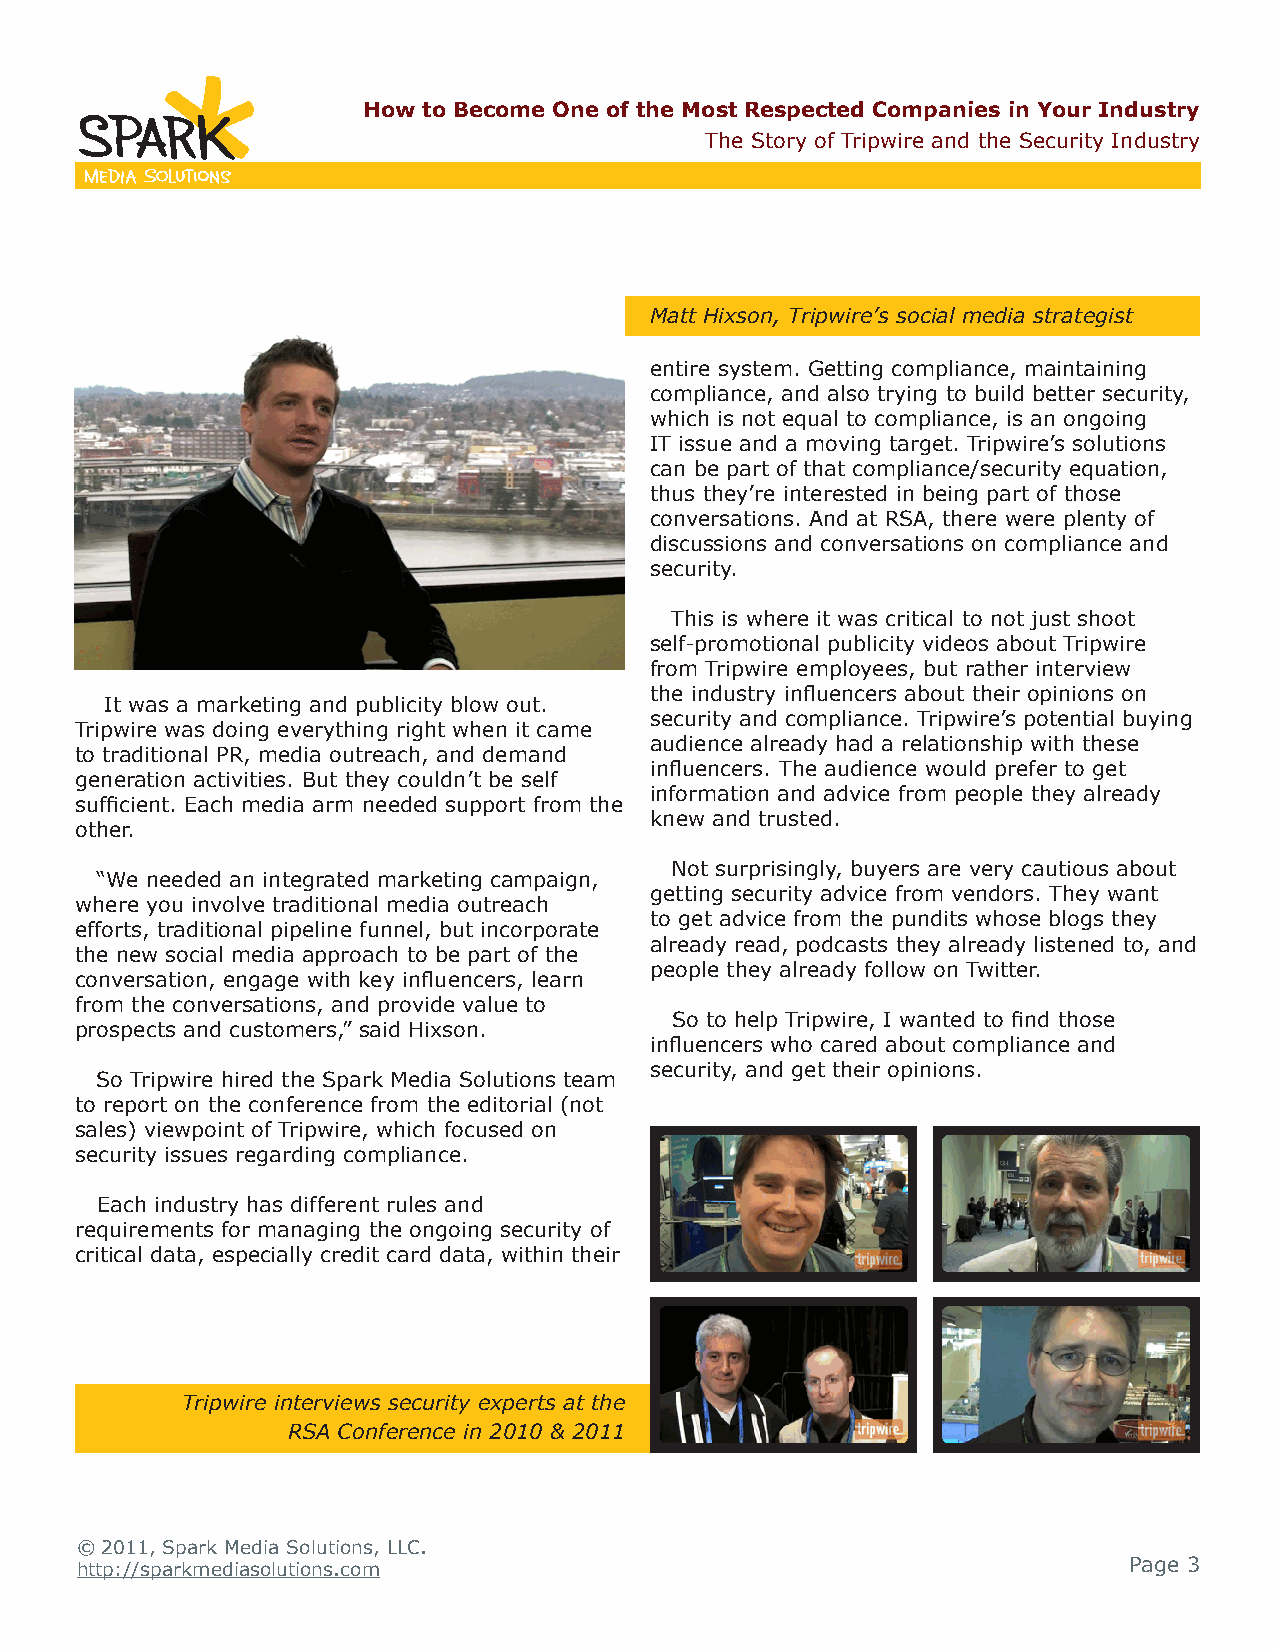
How to Become One of the Most Respected Companies in Your Industry
 The Story of Tripwire and the Security Industry
 Matt Hixson, Tripwire’s social media strategist
 entire system. Getting compliance, maintaining
 compliance, and also trying to build better security,
 which is not equal to compliance, is an ongoing
 IT issue and a moving target. Tripwire’s solutions
 can be part of that compliance/security equation,
 thus they’re interested in being part of those
 conversations. And at RSA, there were plenty of
 discussions and conversations on compliance and
 security.
 This is where it was critical to not just shoot
 self-promotional publicity videos about Tripwire
 from Tripwire employees, but rather interview
 the industry influencers about their opinions on
 It was a marketing and publicity blow out.
 security and compliance. Tripwire’s potential buying
 Tripwire was doing everything right when it came
 audience already had a relationship with these
 to traditional PR, media outreach, and demand
 influencers. The audience would prefer to get
 generation activities. But they couldn’t be self
 information and advice from people they already
 sufficient. Each media arm needed support from the
 knew and trusted.
 other.
 Not surprisingly, buyers are very cautious about
 “We needed an integrated marketing campaign,
 getting security advice from vendors. They want
 where you involve traditional media outreach
 to get advice from the pundits whose blogs they
 efforts, traditional pipeline funnel, but incorporate
 already read, podcasts they already listened to, and
 the new social media approach to be part of the
 people they already follow on Twitter.
 conversation, engage with key influencers, learn
 from the conversations, and provide value to
 So to help Tripwire, I wanted to find those
 prospects and customers,” said Hixson.
 influencers who cared about compliance and
 security, and get their opinions.
 So Tripwire hired the Spark Media Solutions team
 to report on the conference from the editorial (not
 sales) viewpoint of Tripwire, which focused on
 security issues regarding compliance.
 Each industry has different rules and
 requirements for managing the ongoing security of
 critical data, especially credit card data, within their
 Tripwire interviews security experts at the
 RSA Conference in 2010 & 2011
 © 2011, Spark Media Solutions, LLC.
 http://sparkmediasolutions.com                                        Page 3